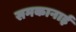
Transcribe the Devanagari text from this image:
समकानाई